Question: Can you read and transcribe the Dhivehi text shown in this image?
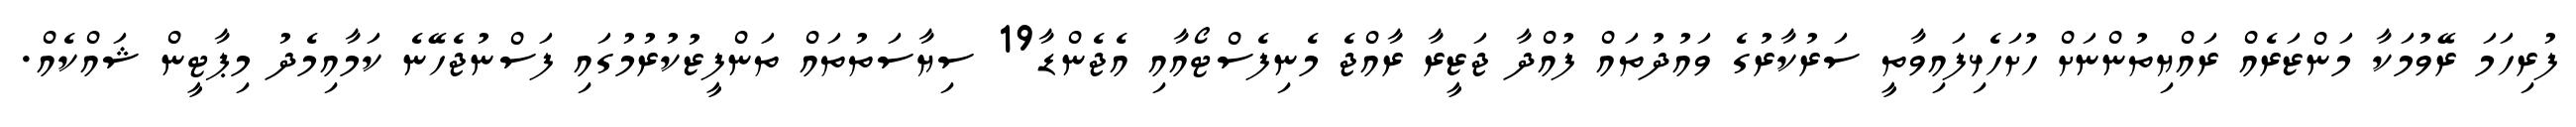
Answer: ފުރިހަމަ ރޭވުމަކާ މަންޒަރެއް ރައްޔިތުންނަށް ހުށަހެޅިފައިވާތީ ސަރުކާރުގެ ވައުދުތައް ފުއްދާ ޖަޒީރާ ރާއްޖެ މެނިފެސްޓޯއާއި އެޖެންޑާ19 ސިޔާސަތުތައް ތަންފީޒުކުރުމުގައި ފަސްނުޖެހޭނެ ކަމާއިމެދު މިޕާޓީން ޝައްކެއް.